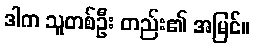
ဒါက သူတစ်ဦး တည်း၏ အမြင်။